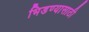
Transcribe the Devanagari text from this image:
भिडण्यासाठी